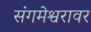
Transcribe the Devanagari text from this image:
संगमेश्वरावर